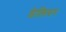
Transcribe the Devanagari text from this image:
डेलिवर